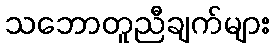
သဘောတူညီချက်များ